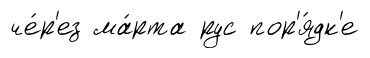
че́р'ез ма́рта рус пор'я́дк'е